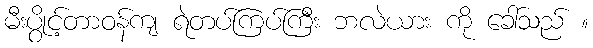
မီးပွိုင့်တာဝန်ကျ ရဲတပ်ကြပ်ကြီး ဘလဲယား ကို ခေါ်သည် ။